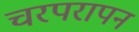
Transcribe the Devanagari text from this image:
चरपरापन